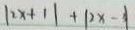
\vert 2 x + 1 \vert + \vert 2 x - 3 \vert